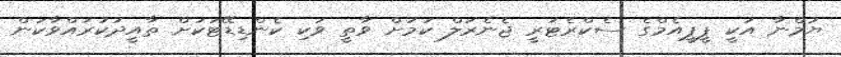
ޔުމްނާ އަކީ ޕީޕީއެމްގެ ސެކްރެޓަރީ ޖެނެރަލް ކަމަށް ވާތީ ވަކި ކެންޑިޑޭޓަކަށް ތާއީދުކުރައްވާކަން